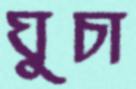
ঘুচা